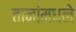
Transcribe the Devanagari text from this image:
तानांमधले